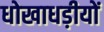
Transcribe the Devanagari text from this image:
धोखाधड़ीयों